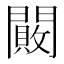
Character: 闝